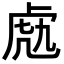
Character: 𧆬